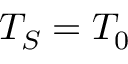
T _ { S } = T _ { 0 }